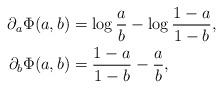
LaTeX: \begin{align*}\partial_a \Phi(a,b) &= \log\frac{a}{b}-\log \frac{1-a}{1-b}, \\\partial_b \Phi(a,b) &= \frac{1-a}{1-b}-\frac{a}{b},\end{align*}